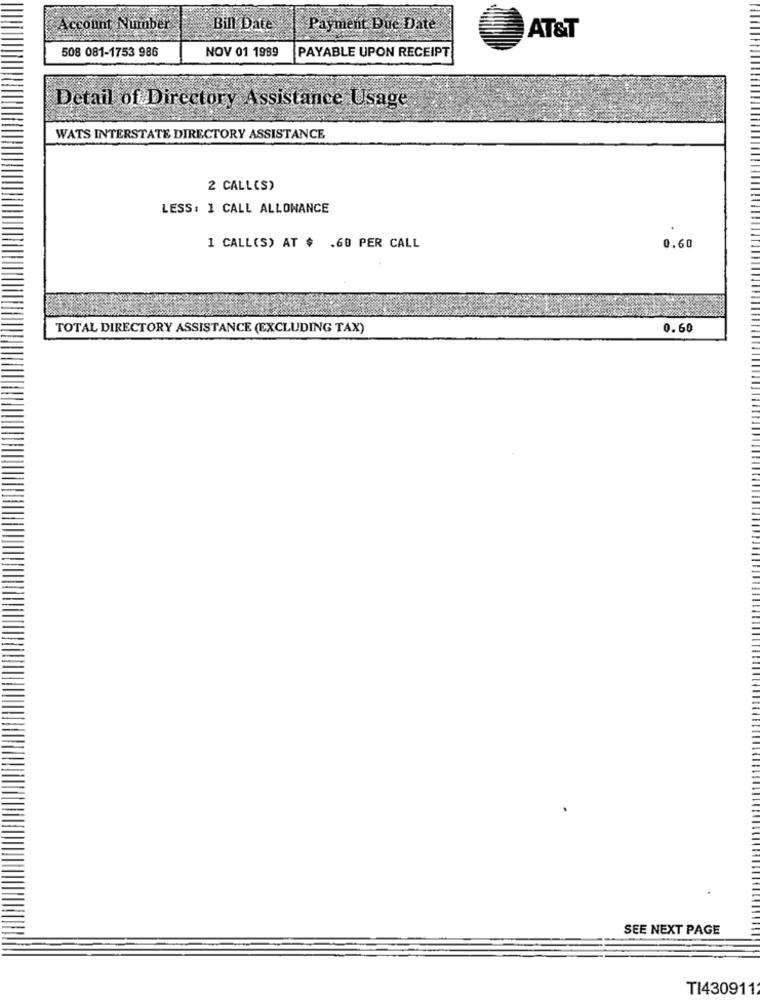
Account Number
Bill Date
Payment Due Date
AT&T
508 081-1753 986
NOV 01 1989
PAYABLE UPON RECEIPT
Detail of Directory Assistance Usage
WATS INTERSTATE DIRECTORY ASSISTANCE
2 CALL(S)
LESS: 1 CALL ALLOWANCE
1 CALL(S) AT $ .60 PER CALL
0.60
TOTAL DIRECTORY ASSISTANCE (EXCLUDING TAX)
0.60
SEE NEXT PAGE
TI430911